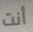
أنت